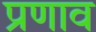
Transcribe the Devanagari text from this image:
प्रणाव